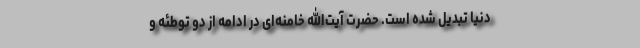
دنیا تبدیل شده است. حضرت آیت‌الله خامنه‌ای در ادامه از دو توطئه و